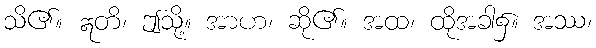
သိ၏။ ဣတိ၊ ဤသို့။ အာဟ၊ ဆို၏။ အထ၊ ထိုအခါ၌။ အဿ၊